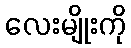
လေးမျိုးကို